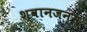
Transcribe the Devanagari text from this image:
श्वानजन्म